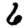
Digit: 6